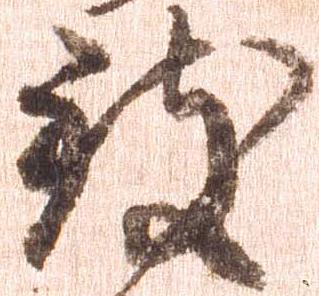
致